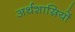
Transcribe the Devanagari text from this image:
अर्थशास्रियों